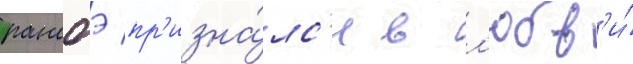
ранобэ пр'изна́лс'я в л'юбв'и́